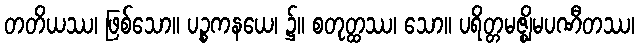
တတိယဿ၊ ဖြစ်သော။ ပဉ္စကနယေ၊ ၌။ စတုတ္ထဿ၊ သော။ ပရိတ္တမဇ္ဈိမပဏီတဿ၊